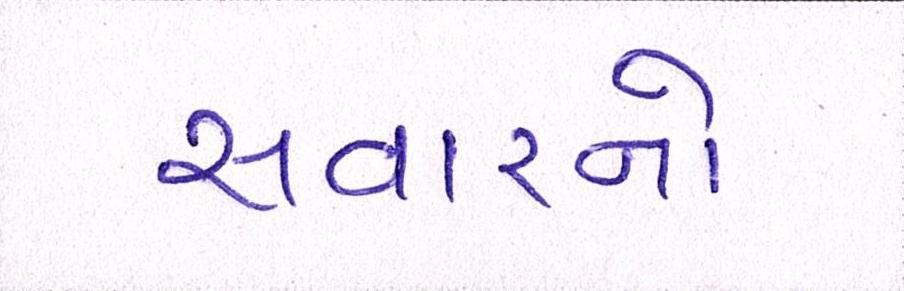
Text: સવારનો